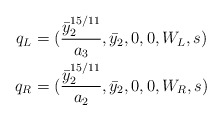
\begin{align*}q_L&=(\frac{\bar{y}_2^{15/11}}{a_3},\bar{y}_2,0,0,W_L,s) \\q_R&=(\frac{\bar{y}_2^{15/11}}{a_2},\bar{y}_2,0,0,W_R,s) \end{align*}